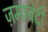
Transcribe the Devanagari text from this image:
ज़माबंदी